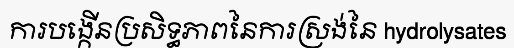
ការបង្កើនប្រសិទ្ធភាពនៃការស្រង់នៃ hydrolysates